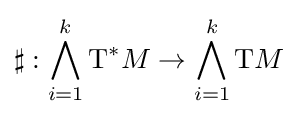
\sharp :\bigwedge _{i=1}^{k}{\rm {T}}^{*}M\to \bigwedge _{i=1}^{k}{\rm {T}}M